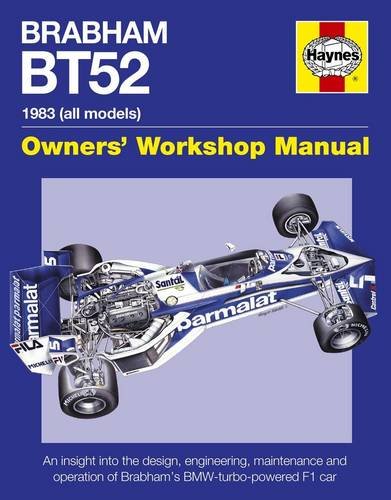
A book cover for Brabham BT52 Owners' Workshop Manual 1983 (all models): An insight into the design, engineering, maintenance and operation of Babham's BMW-turbo-powered F1 car; Andrew van de Burgt; Engineering & Transportation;